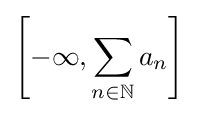
\left[-\infty ,\sum _{n\in \mathbb {N} }a_{n}\right]